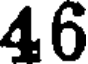
46